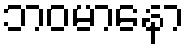
ဘဝမာနော